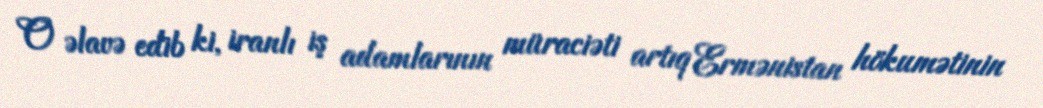
O əlavə edib ki, iranlı iş adamlarının müraciəti artıq Ermənistan hökumətinin